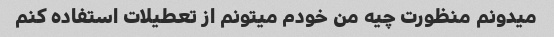
میدونم منظورت چیه من خودم میتونم از تعطیلات استفاده کنم